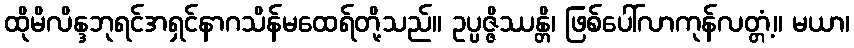
ထိုမိလိန္ဒဘုရင်အရှင်နာဂသိန်မထေရ်တို့သည်။ ဥပ္ပဇ္ဇိဿန္တိ၊ ဖြစ်ပေါ်လာကုန်လတ္တံ့။ မယာ၊